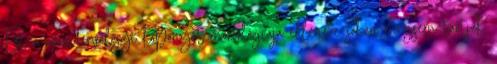
Ezt a neandervölgyi koponyát morfológiája ellenére sokan mégsem tartják